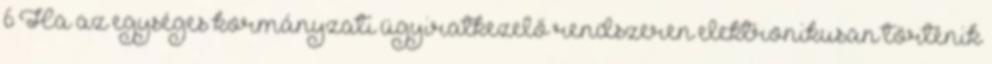
6 Ha az egységes kormányzati ügyiratkezelő rendszeren elektronikusan történik